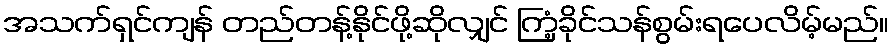
အသက်ရှင်ကျန် တည်တန့်နိုင်ဖို့ဆိုလျှင် ကြံ့ခိုင်သန်စွမ်းရပေလိမ့်မည်။